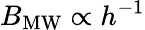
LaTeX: B_{\mathrm{MW}}\propto h^{-1}